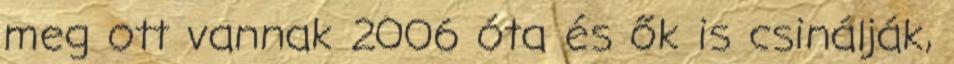
meg ott vannak 2006 óta és ők is csinálják,